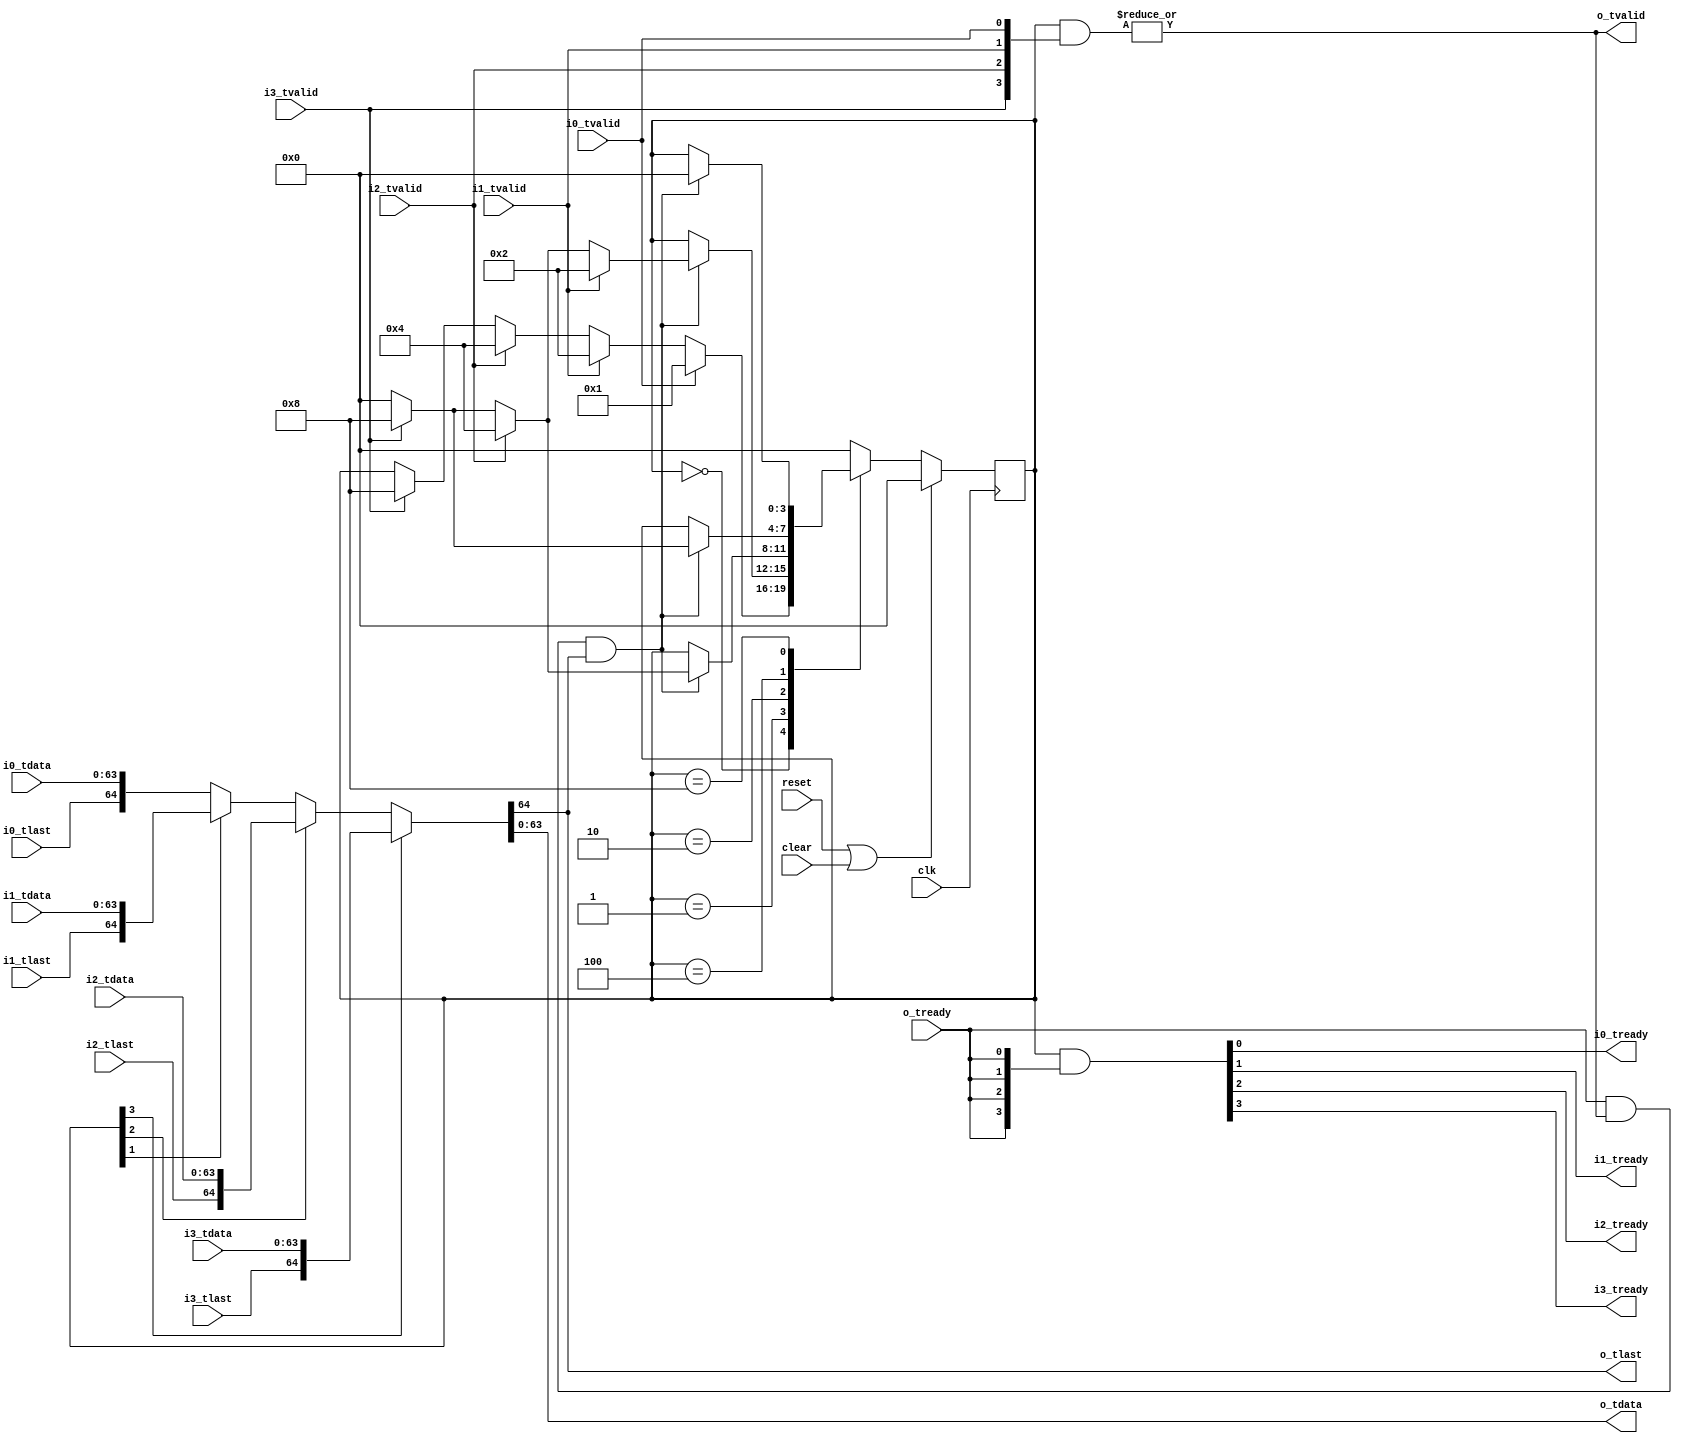

// Copyright 2012 Ettus Research LLC
// axi_mux -- takes 4 64-bit AXI stream, merges them to 1 output channel
// Round-robin if PRIO=0, priority if PRIO=1 (lower number ports get priority)
// Bubble cycles are inserted after each packet in PRIO mode, or on wraparound in Round Robin mode

module axi_mux4
  #(parameter PRIO=0,
    parameter WIDTH=64,
    parameter BUFFER=0)
   (input clk, input reset, input clear,
    input [WIDTH-1:0] i0_tdata, input i0_tlast, input i0_tvalid, output i0_tready,
    input [WIDTH-1:0] i1_tdata, input i1_tlast, input i1_tvalid, output i1_tready,
    input [WIDTH-1:0] i2_tdata, input i2_tlast, input i2_tvalid, output i2_tready,
    input [WIDTH-1:0] i3_tdata, input i3_tlast, input i3_tvalid, output i3_tready,
    output [WIDTH-1:0] o_tdata, output o_tlast, output o_tvalid, input o_tready);

   wire [WIDTH-1:0]    o_tdata_int;
   wire 	       o_tlast_int, o_tvalid_int, o_tready_int;
   
   reg [3:0] 	  mx_state;
   localparam MX_IDLE = 4'b0000;
   localparam MX_0    = 4'b0001;
   localparam MX_1    = 4'b0010;
   localparam MX_2    = 4'b0100;
   localparam MX_3    = 4'b1000;

   always @(posedge clk)
     if(reset | clear)
       mx_state <= MX_IDLE;
     else
       case (mx_state)
	 MX_IDLE :
	   if(i0_tvalid)
	     mx_state <= MX_0;
	   else if(i1_tvalid)
	     mx_state <= MX_1;
	   else if(i2_tvalid)
	     mx_state <= MX_2;
	   else if(i3_tvalid)
	     mx_state <= MX_3;

	 MX_0 :
	   if(o_tready_int & o_tvalid_int & o_tlast_int)
	     if(PRIO)
	       mx_state <= MX_IDLE;
	     else if(i1_tvalid)
	       mx_state <= MX_1;
	     else if(i2_tvalid)
	       mx_state <= MX_2;
	     else if(i3_tvalid)
	       mx_state <= MX_3;
	     else
	       mx_state <= MX_IDLE;
	 	 
	 MX_1 :
	   if(o_tready_int & o_tvalid_int & o_tlast_int)
	     if(PRIO)
	       mx_state <= MX_IDLE;
	     else if(i2_tvalid)
	       mx_state <= MX_2;
	     else if(i3_tvalid)
	       mx_state <= MX_3;
	     else
	       mx_state <= MX_IDLE;

	 MX_2 :
	   if(o_tready_int & o_tvalid_int & o_tlast_int)
	     if(PRIO)
	       mx_state <= MX_IDLE;
	     else if(i3_tvalid)
	       mx_state <= MX_3;
	     else
	       mx_state <= MX_IDLE;
	 	 
	 MX_3 :
	   if(o_tready_int & o_tvalid_int & o_tlast_int)
	     if(PRIO)
	       mx_state <= MX_IDLE;
	     else
	       mx_state <= MX_IDLE;
	 	 
	 default :
	   mx_state <= MX_IDLE;
       endcase // case (mx_state)

   assign {i3_tready, i2_tready, i1_tready, i0_tready} = mx_state & {4{o_tready_int}};

   assign o_tvalid_int = |(mx_state & ({i3_tvalid, i2_tvalid, i1_tvalid, i0_tvalid}));
         
   assign {o_tlast_int, o_tdata_int} = mx_state[3] ? {i3_tlast, i3_tdata} :
				       mx_state[2] ? {i2_tlast, i2_tdata} :
				       mx_state[1] ? {i1_tlast, i1_tdata} :
				       {i0_tlast, i0_tdata};

   generate
      if(BUFFER == 0)
	begin
	   assign o_tdata = o_tdata_int;
	   assign o_tlast = o_tlast_int;
	   assign o_tvalid = o_tvalid_int;
	   assign o_tready_int = o_tready;
	end
      else
	axi_fifo_short #(.WIDTH(WIDTH+1)) axi_fifo_short
	  (.clk(clk), .reset(reset), .clear(clear),
	   .i_tdata({o_tlast_int,o_tdata_int}), .i_tvalid(o_tvalid_int), .i_tready(o_tready_int),
	   .o_tdata({o_tlast,o_tdata}), .o_tvalid(o_tvalid), .o_tready(o_tready),
	   .space(), .occupied());
   endgenerate
   
endmodule // axi__mux4